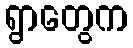
ရွာတွေက